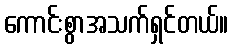
ကောင်းစွာအသက်ရှင်တယ်။